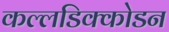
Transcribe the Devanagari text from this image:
कल्लडिक्कोडन